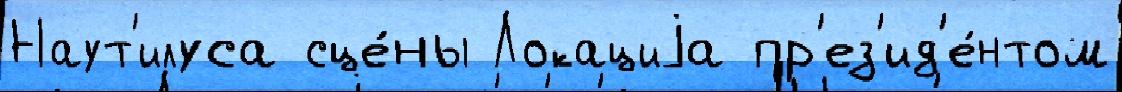
Наут'илуса сце́ны Локациjа пр'ез'ид'е́нтом